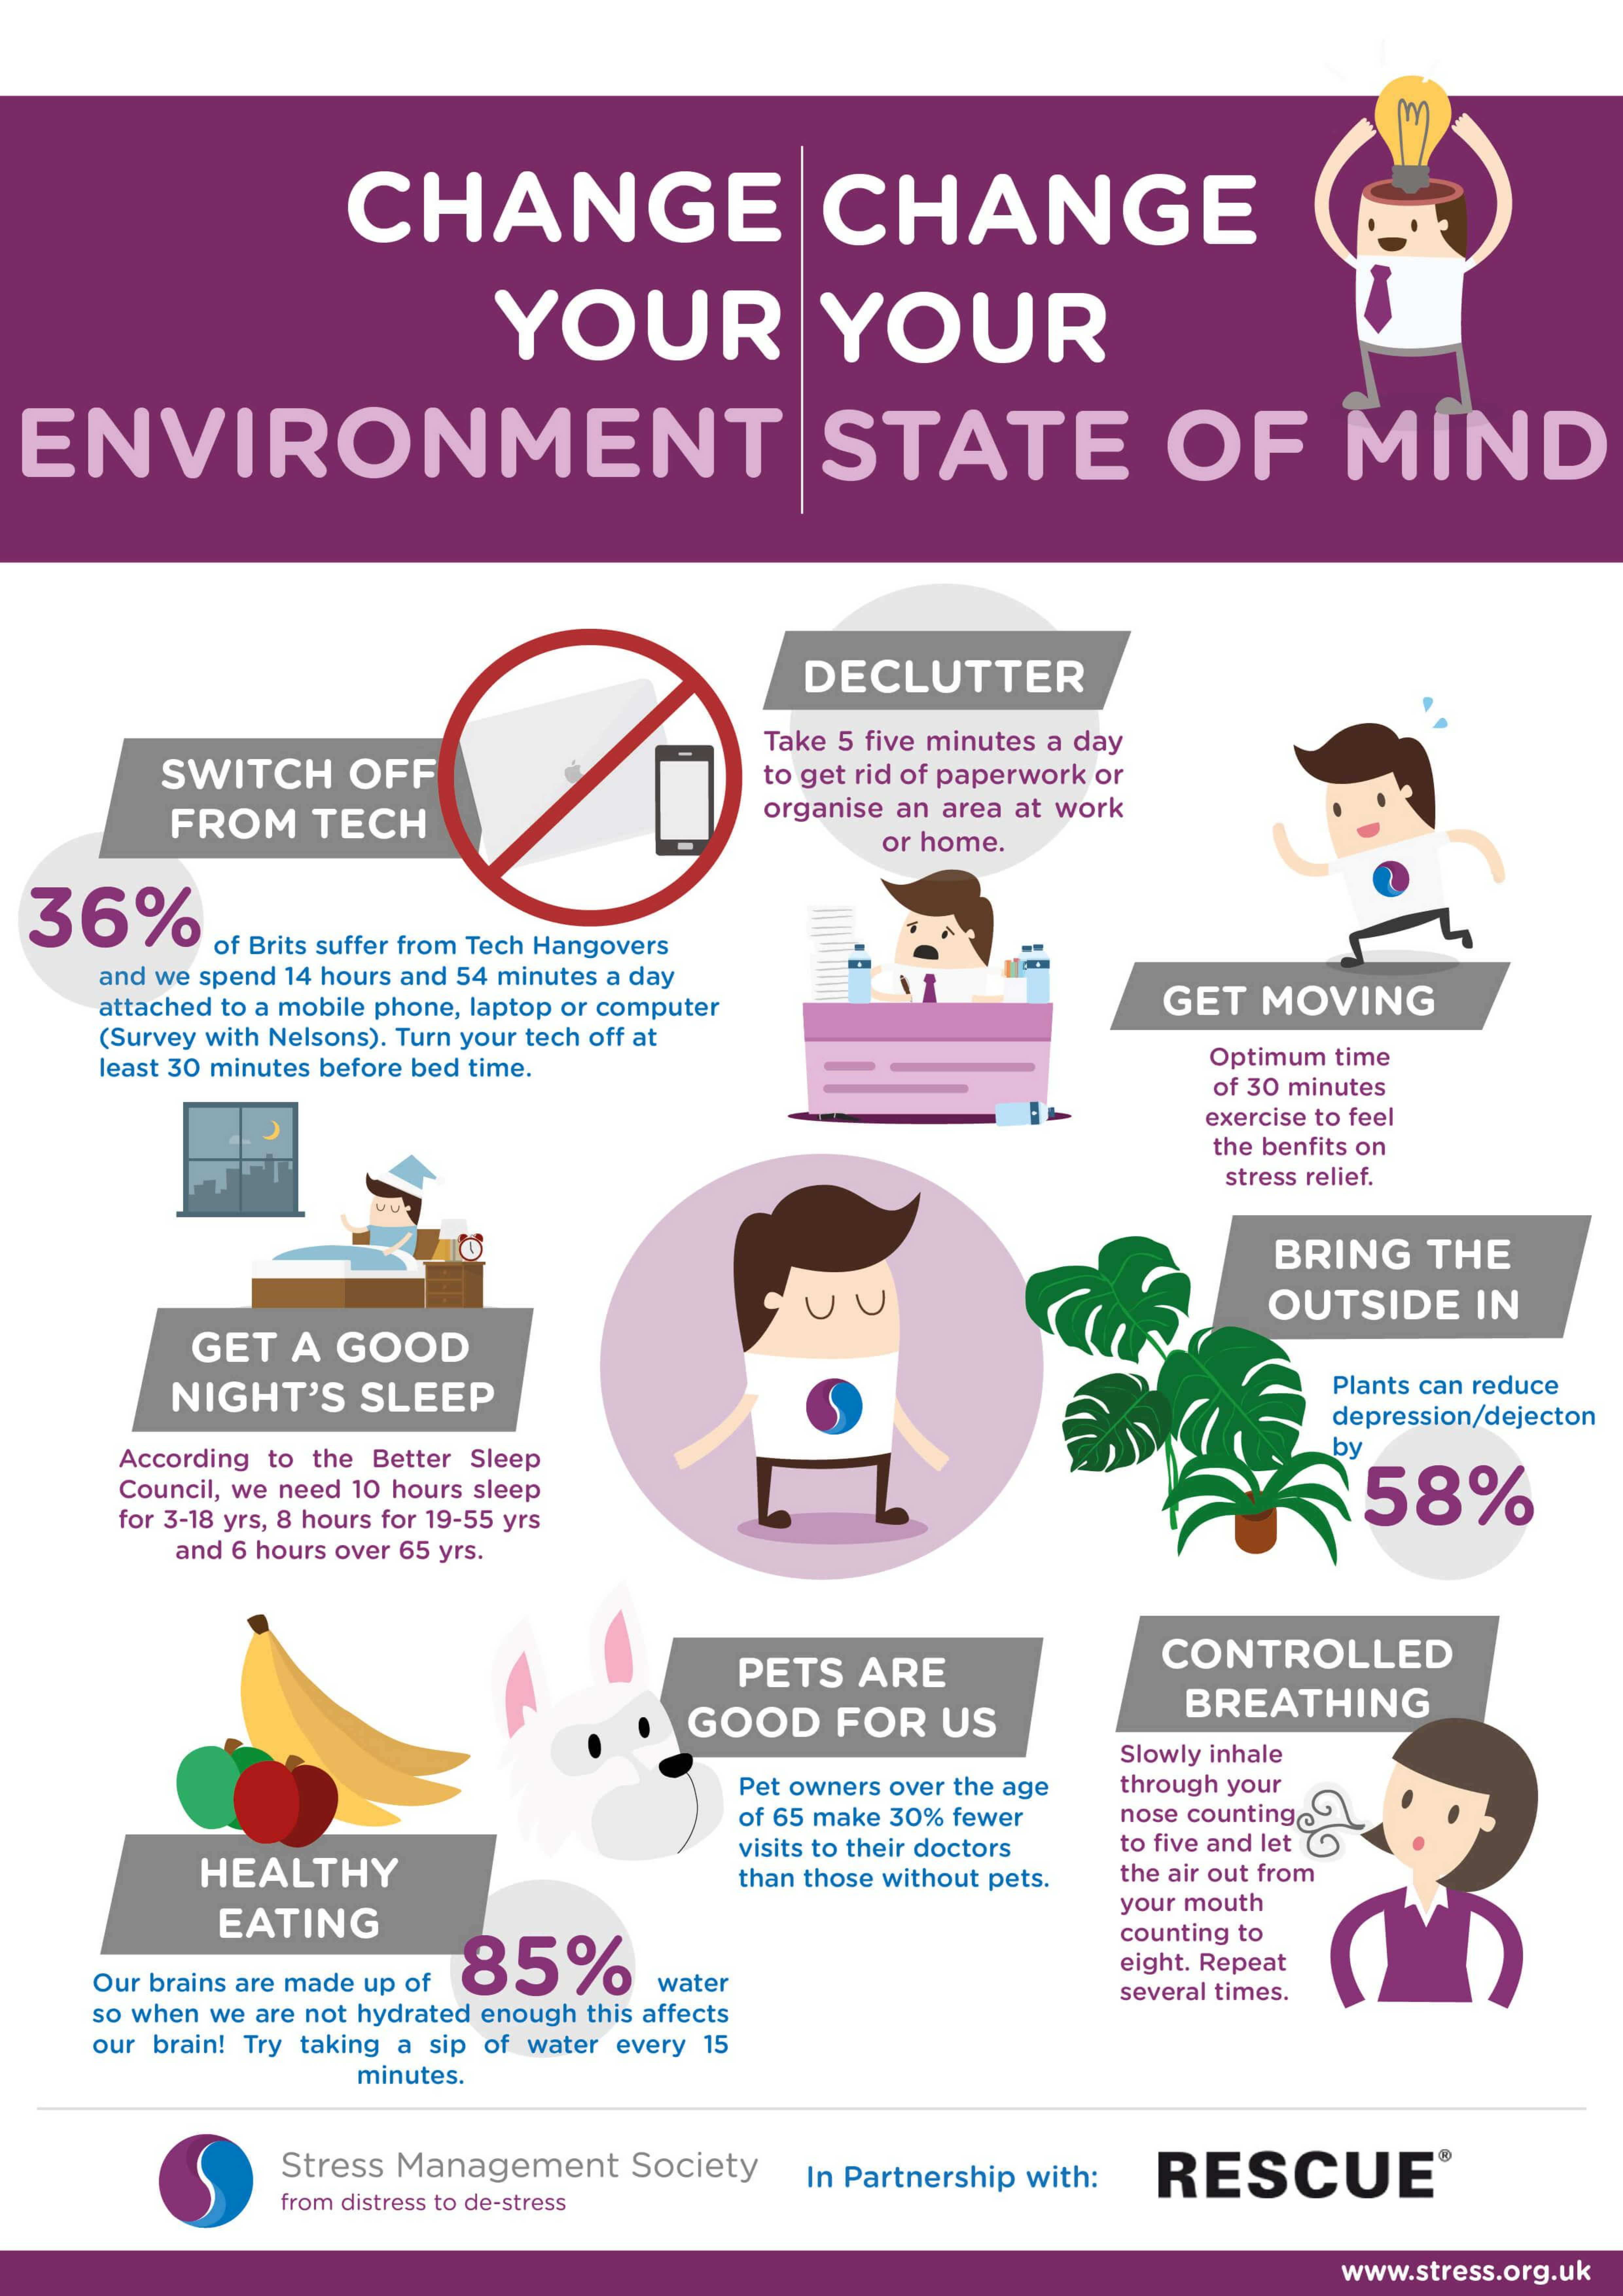
CHANGE    CHANGE
     YOUR    YOUR
  ENVIRONMENT    STATE    OF    MIND
     DECLUTTER
     SWITCH OFF
     Take 5 five minutes a day
     to get rid of paperwork or
     FROM  TECH    organise an area at work
     or home.
  36%
     of Brits suffer from Tech Hangovers
     and we spend 14 hours and 54 minutes a day
     attached to a mobile phone, laptop or computer GET MOVING
     (Survey with Nelsons). Turn your tech off at
     least 30 minutes before bed time.    Optimum time
     of 30 minutes
     exercise to feel
     the benfits on
     stress relief.
     BRING THE
     UU    OUTSIDE  IN
     GET A GOOD
     NIGHT'S SLEEP    Plants can reduce
     depression/dejecton
     According to the Better Sleep    by
     Council, we need 10 hours sleep    58%
     for 3-18 yrs, 8 hours for 19-55 yrs
     and 6 hours over 65 yrs.
     PETS ARE    CONTROLLED
     GOOD   FOR US    BREATHING
     Slowly inhale
     Pet owners over the age through your
     of 65 make 30% fewer nose counting
     HEALTHY
     visits to their doctors to five and let
     than those without pets. the air out from
     EATING
     your mouth
     85%
     counting to
    Our brains are made up of
     eight. Repeat
    so when we are not hydrated enough this affects
     water    several times.
    our brain! Try taking a sip of water every 15
     minutes.
     Stress Management Society In Partnership with: RESCUE®
     from distress to de-stress
     www.stress.org.uk